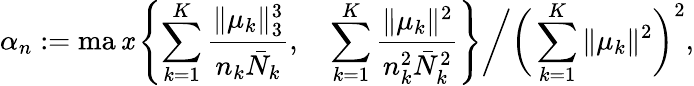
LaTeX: \alpha_{n}:=\operatorname*{ma\mathit{x}}\left\{ \sum_{k=1}^{K}\frac{{\| \mu_{k}\| _{3}^{3}}}{{n_{k}\bar{{N}}_{k}}},\quad\sum_{k=1}^{K}\frac{{\| \mu_{k}\| ^{2}}}{{n_{k}^{2}\bar{{N}}_{k}^{2}}}\right\} \bigg/\bigg(\sum_{k=1}^{K}\| \mu_{k}\| ^{2}\bigg)^{2},